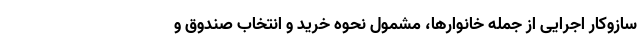
سازوکار اجرایی از جمله خانوارها، مشمول نحوه خرید و انتخاب صندوق و